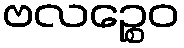
ဗလဉ္စေဝ